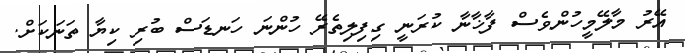
އޭރު މާލޭމީހުންވެސް ފާޚާނާ ކުރަނީ ގިފިލިތެރޭ ހުންނަ ހަނޑަސް ބުރި ކިޔާ ތަނަކަށް.